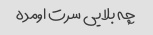
چه بلایی سرت اومده